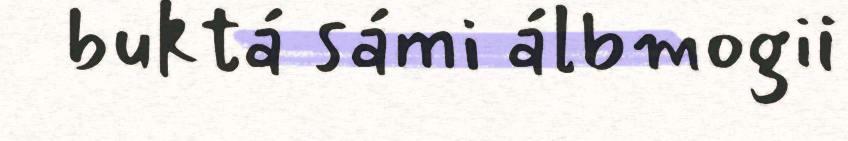
buktá sámi álbmogii